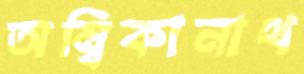
অম্বিকানাথ